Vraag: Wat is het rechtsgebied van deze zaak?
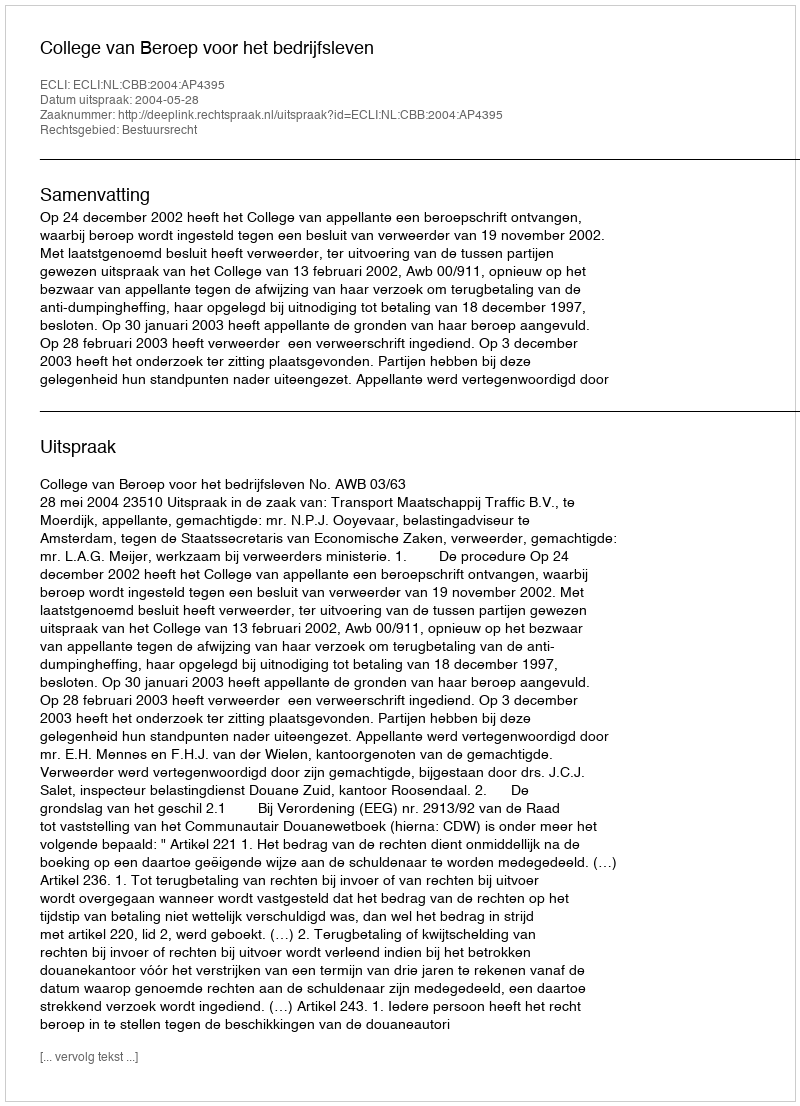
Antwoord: Bestuursrecht